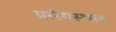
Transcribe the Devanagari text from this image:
प्रसंगस्थल